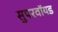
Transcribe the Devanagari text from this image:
सुपरवॉयड